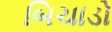
બિચાડો